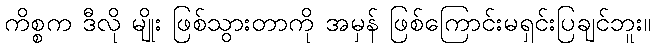
ကိစ္စက ဒီလို မျိုး ဖြစ်သွားတာကို အမှန် ဖြစ်ကြောင်းမရှင်းပြချင်ဘူး။